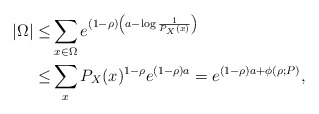
\begin{align*}|\Omega| \le& \sum_{x\in \Omega} e^{(1-\rho)\left(a - \log\frac{1}{P_X(x)}\right)} \\\le & \sum_x P_X(x)^{1-\rho} e^{(1-\rho)a} = e^{(1-\rho)a + \phi(\rho;P)},\end{align*}